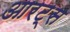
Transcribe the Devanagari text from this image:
आरट्स